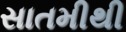
સાતમીથી